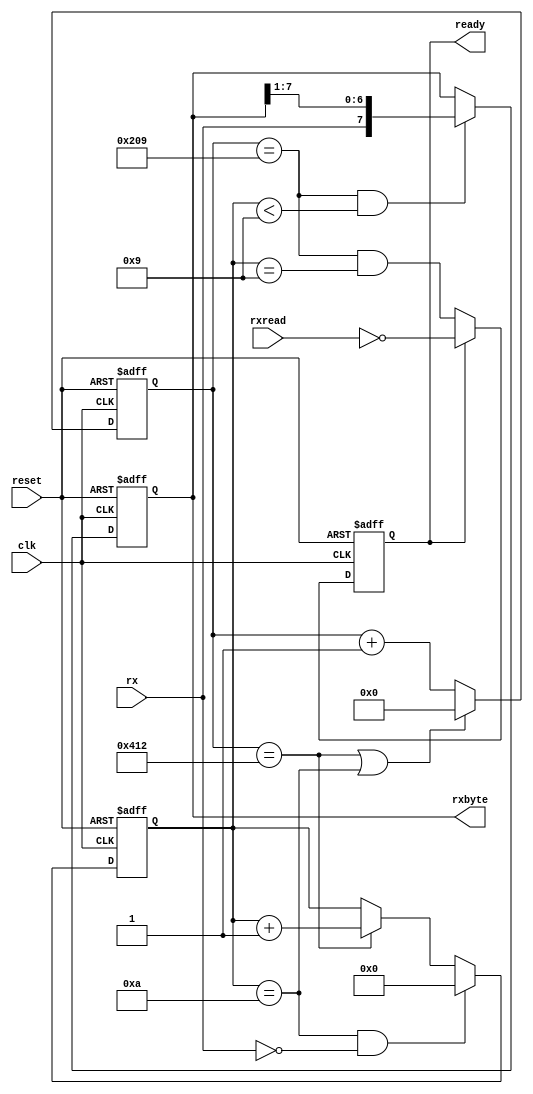
//  
// 38400/
// 8,  
module serial_rx(
    input wire reset,
    input wire clk,
    input wire rx,
    input wire rxread,
    output [7:0]rxbyte,
    output reg ready = 0
);

//      
// (162000000)/38400 ~ 4219
// (152000000)/38400 ~ 3958 
// (153600000)/38400 = 4000 
// (156000000)/38400 ~ 4063
// (157714286)/38400 ~ 4107
// (185142857)/38400 ~ 4821
// (192000000)/38400 = 5000
// 92000000/38400 ~ 2396 
// 50000000/38400 ~ 1302
// 40000000/38400 ~ 1042
parameter RCONST = 1042; 

reg [3:0]num_bits = 10;     //  
reg [7:0]shift_reg = 0;    //  
reg [10:0]cnt = 0;         //  

assign rxbyte = shift_reg;

//
always @(posedge clk or negedge reset)
begin
    if(!reset) begin
        num_bits <= 4'd10;
        shift_reg <= 0;
        cnt <= 0;
        ready <= 0;
    end
    else begin
        //   RX   
        if(num_bits == 4'd10 && rx == 1'b0)
            num_bits <= 4'd0;
        else if(cnt == RCONST)
		      num_bits <= num_bits + 1'b1;

        //   - ,    - (9 ,  .)
        if(cnt == RCONST/2 && num_bits < 4'd9) shift_reg <= {rx,shift_reg[7:1]};

        //   
        cnt <= (cnt == RCONST || num_bits == 4'd10)? 11'd0 : cnt + 1'b1;

        //     -
        ready <= (ready)? !rxread : (cnt == RCONST/2 && num_bits == 4'd9);
    end
end

endmodule


//   UART
// 38400/
// 8,  
module serial_tx(
    input reset,
    input clk,
    input [7:0]sbyte,
    input send,
    output tx,
    output reg busy = 1'b0
    );

parameter RCONST = 1042; 

//
reg [8:0]send_reg = 9'b1_1111_1111;
reg [3:0]send_num = 10;
reg [10:0]send_cnt;

wire send_time;
assign send_time = (send_cnt == RCONST);
assign tx = send_reg[0];

always @(posedge clk or negedge reset)
begin
        if(!reset)
        begin
//                send_reg <= 0; 
                send_num <= 10;
                send_cnt <= 0;
        end
        else
        begin
                //    send
                if(send) begin
                        //        send
                        send_reg <= {sbyte,1'b0};
                        send_num <= 0;
                end
                else if(send_time && send_num != 10) begin
                        //  
                        send_reg <= {1'b1,send_reg[8:1]};
                        send_num <= send_num + 1'b1;
                end
                send_cnt <= (send | send_time)? 11'd0 : send_cnt + 1'b1; 
        end
end

always@(posedge clk)
begin
        busy <= (send_num != 10);
end
        
endmodule